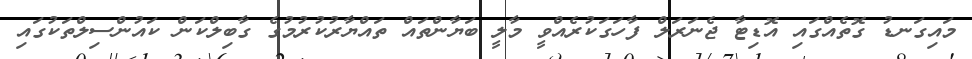
މައިގަނޑު ގޮތެއްގައި އޮޑިޓާ ޖެނަރަލް ފާހަގަކުރެއްވީ މާލީ ބަޔާންތައް ތައްޔާރުކުރުމުގެ ގާބިލްކަން ކައުންސިލްތަކުގައި